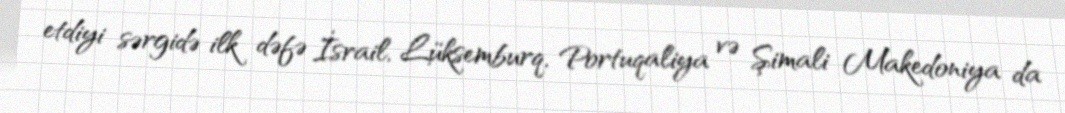
etdiyi sərgidə ilk dəfə İsrail, Lüksemburq, Portuqaliya və Şimali Makedoniya da